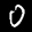
Label: 0